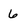
Character: 6